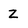
Character: Z